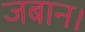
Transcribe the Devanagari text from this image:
जबान।